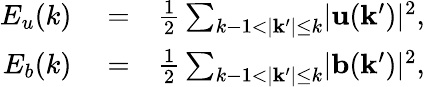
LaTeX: \begin{array}{rlr}{E_{u}(k)}&{{}=}&{\frac{1}{2}\sum_{k-1<\lvert\mathbf{k^{\prime}}\rvert\leq k}\lvert\mathbf{u}(\mathbf{k^{\prime}})\rvert^{2},}\\ {E_{b}(k)}&{{}=}&{\frac{1}{2}\sum_{k-1<\lvert\mathbf{k^{\prime}}\rvert\leq k}\lvert\mathbf{b}(\mathbf{k^{\prime}})\rvert^{2},}\end{array}